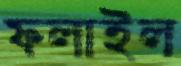
ফলাইল